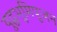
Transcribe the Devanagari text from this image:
युद्धभूमिपूजन